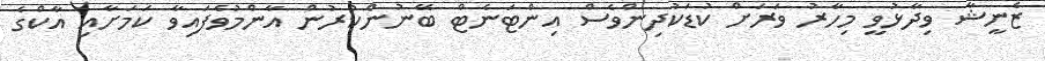
ޒެނީޝާ ވިދާޅުވީ މިހާރު ވަރަށް ކުޑަކުދިންވެސް އިންޓަނެޓް ބޭނުންކުރުން އާންމުވެފައިވާ ކަމަށާއި އާކްގެ